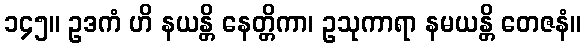
၁၄၅။ ဥဒကံ ဟိ နယန္တိ နေတ္တိကာ၊ ဥသုကာရာ နမယန္တိ တေဇနံ။